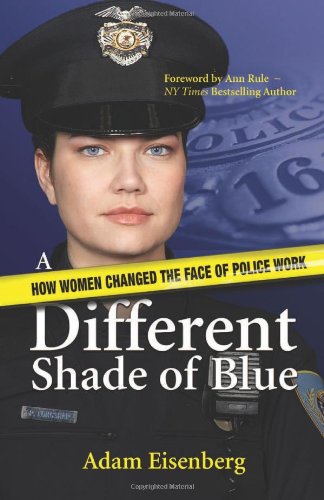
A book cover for A Different Shade of Blue: How women changed the face of police work; Adam Eisenberg; Law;